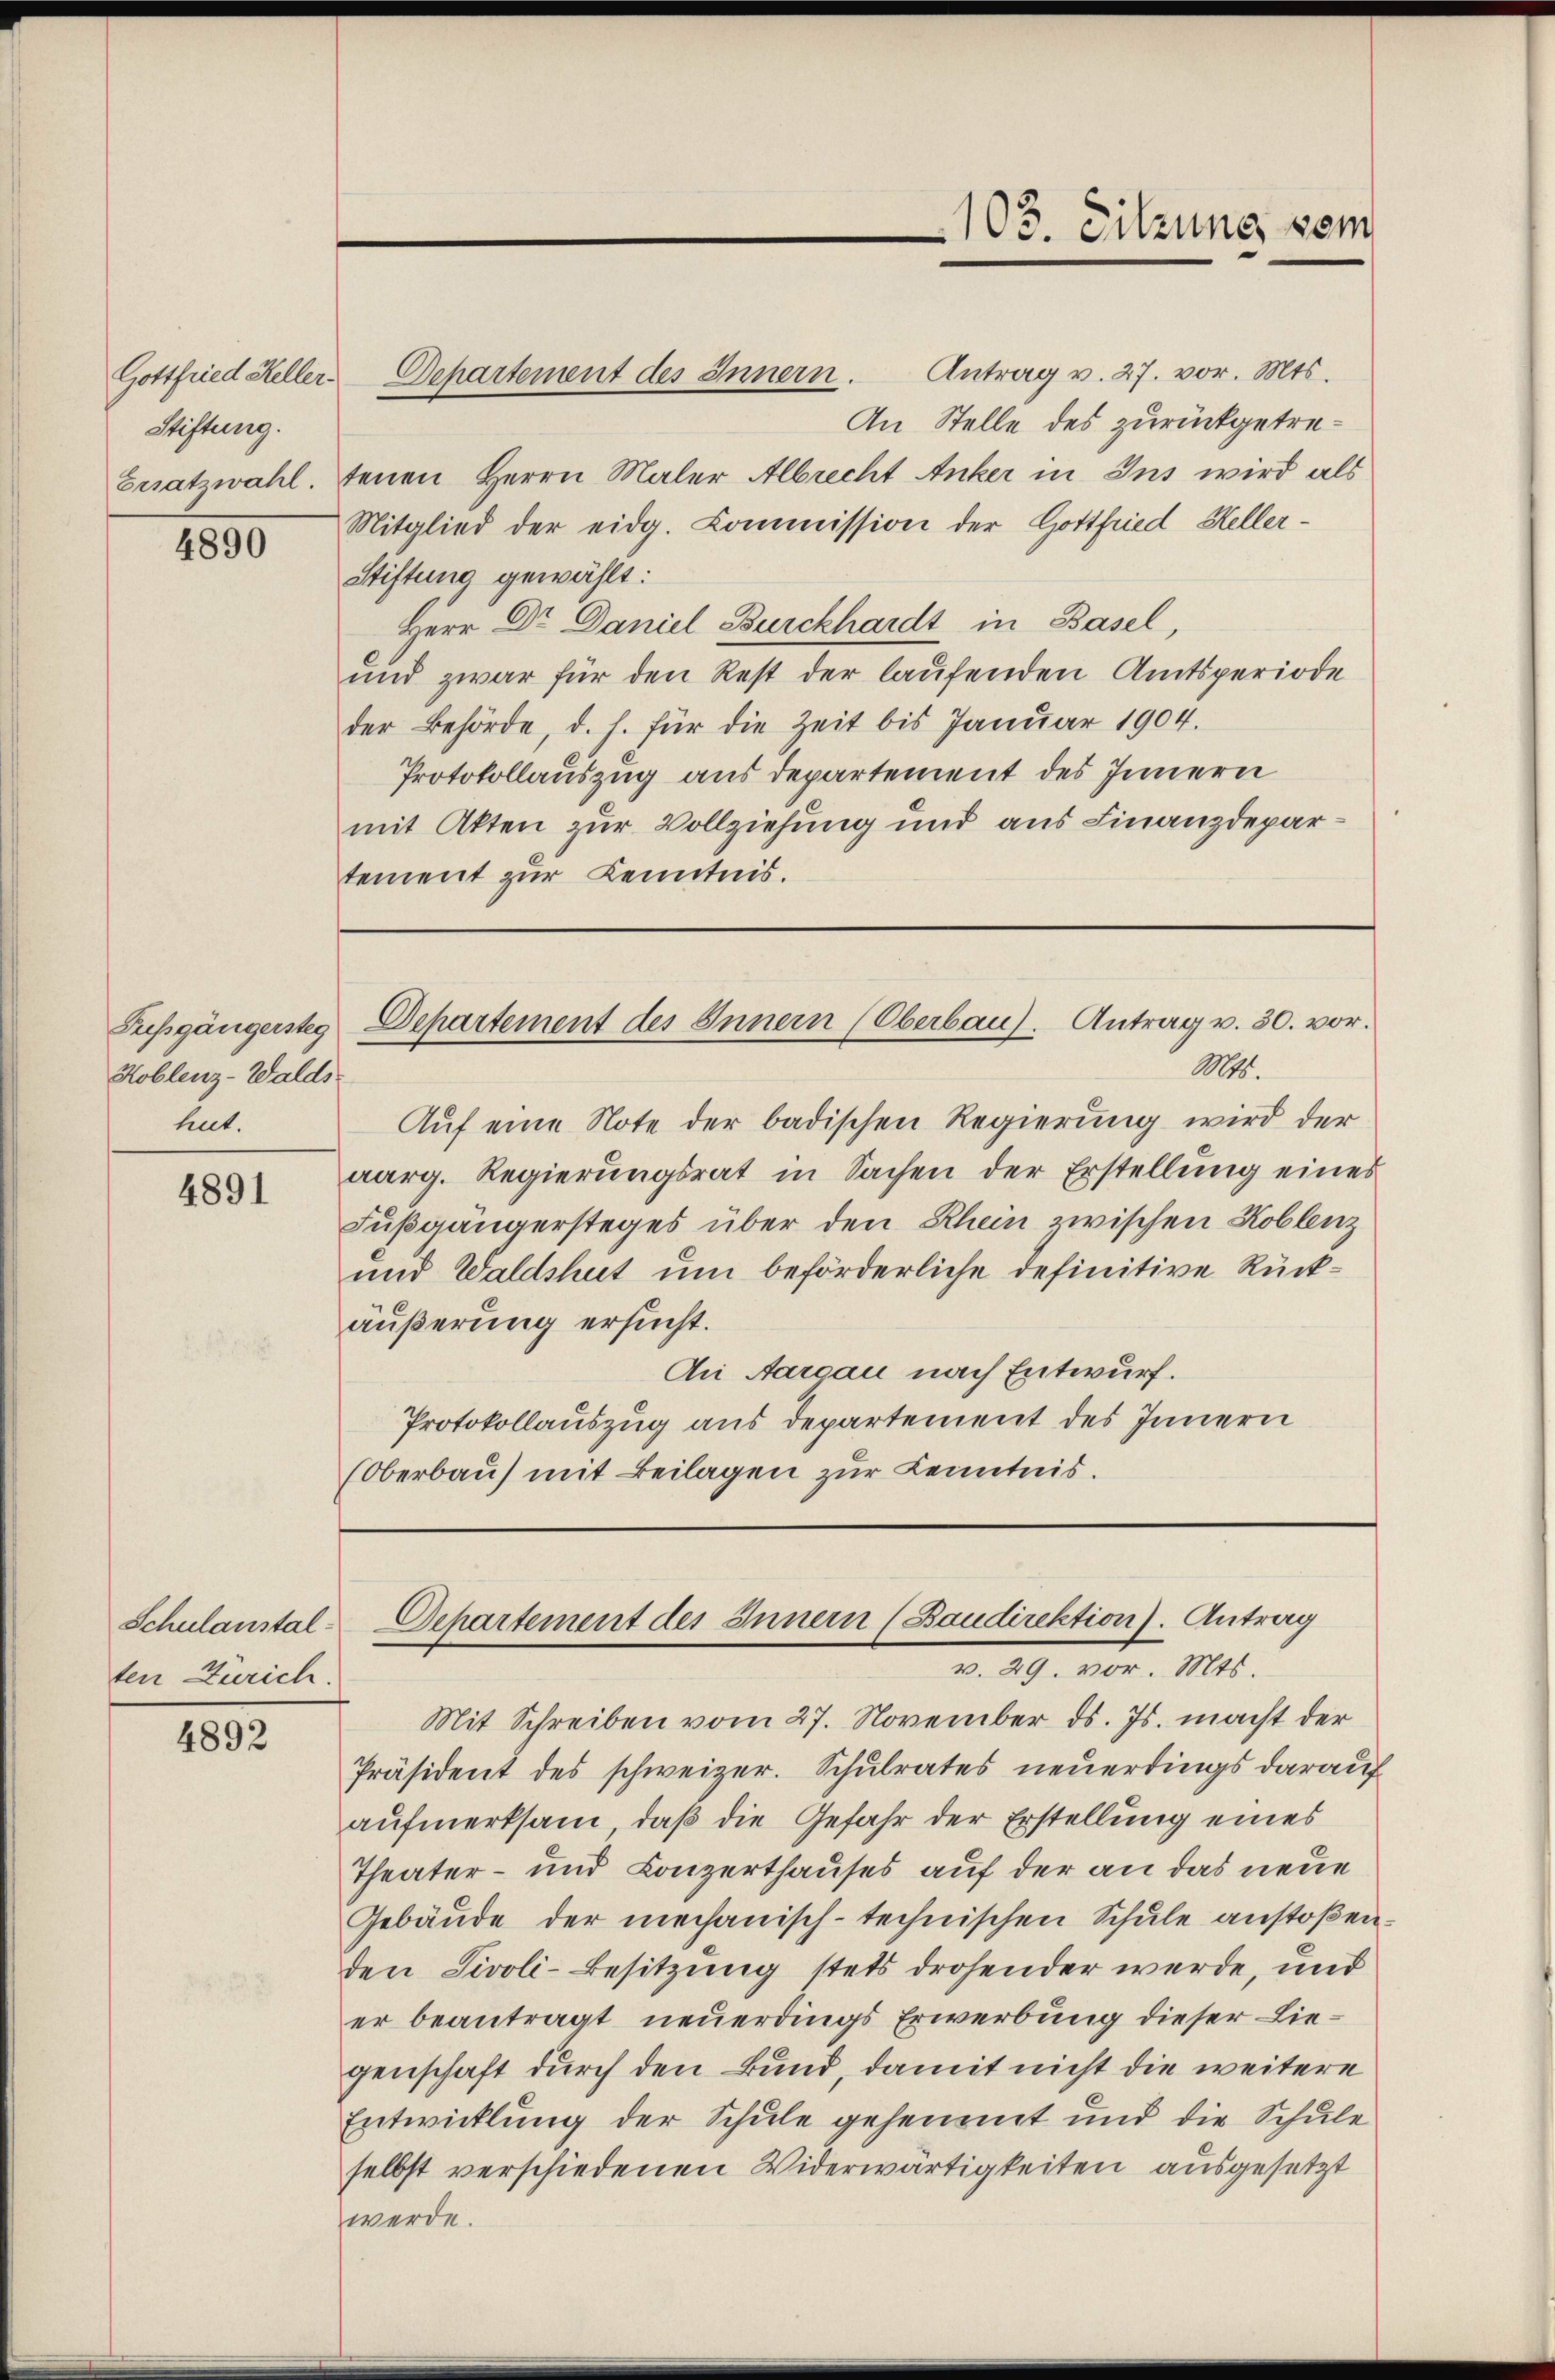
Gottfried Keller
Stiftung.

4890

Pussgängersteg
Koblenz-Waldshut.

4891

Schulanstalten Zürich.

4892

103. Sitzung vom

Departement des Innern. Antrag v. 27. vor. Mts.
An Stelle des zurückgetre¬
Ersatzwahl. tenen Herrn Maler Albrecht Anker in Ins wird als
Mitglied der eidg. Commission der Gottfried Heller¬
Stiftung gewählt:
Herr Dr Daniel Burckhardt in Basel,
und zwar für den Rest der laufenden Amtsperiode
der Behörde, d. h. für die Zeit bis Januar 1904.
Protokollauszug aus departement des Innern
mit Akten zur Vollziehung und aus Finanzdepartement zur Kenntnis.

Departement des Innern (Oberbau). Antrag v. 30. vor.

Mts.
Auf eine Note der badischen Regierung wird der
aarg. Regierŭngsrat in Sachen der Erstellŭng eines
Fußgängerstages über den Rhein zwischen Koblenz
und Waldshut um beförderliche definitive Rückäußerung ersucht.
An Aargau nach Entwurf.
Protokollauszug aus departement des Innern
(Oberbau mit Beilagen zur Kenntnis.

Departement des Innern (Baudirektion). Antrag
d. 29. Nov. 1828.

Mit Schreiben vom 27. November ds. Js. macht der
Präsident des schweizer. Schulrates neuerdings darauf
aufmerksam, daß die Gefahr der Erstellung eines
Theater- und Conzerthauses auf der an das neue
Gebäŭde der mechanisch-technischen Schule anstoßenden Sivoli-Besitzung stets drohender werde, und
er beantragt neuerdings Erwerbung dieser Liegenschaft durch den Bund, damit nicht die weitere
Entwicklung der Schule gehemmt und die Schule
selbst verschiedenen Widerwärtigkeiten ausgesetzt
werde.